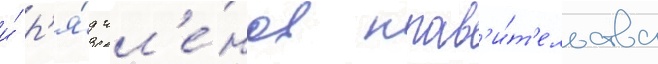
и́ р'я́д чл'е́нов прав'и́т'ельства